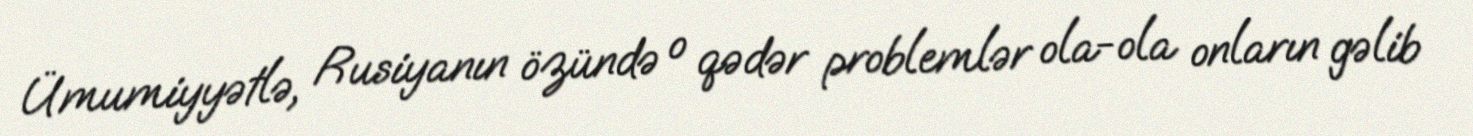
Ümumiyyətlə, Rusiyanın özündə o qədər problemlər ola-ola onların gəlib